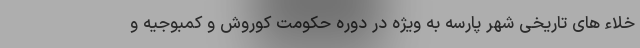
خلاء های تاریخی شهر پارسه به ویژه در دوره حکومت کوروش و کمبوجیه و